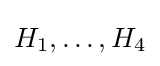
H_{1},\ldots ,H_{4}